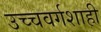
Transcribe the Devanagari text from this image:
उच्चवर्गशाही